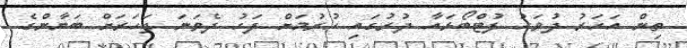
ތިން އަހަރު ދުވަހު ފުޓްބޯޅައާ ދުރުގައި ހުރުމަށް ފަހު ދެވަނަ ފަހަރަށް ބަޔާންގެ